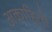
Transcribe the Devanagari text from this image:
अकाहितो